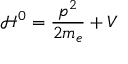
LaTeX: { \mathcal { H } } ^ { 0 } = { \frac { p ^ { 2 } } { 2 m _ { e } } } + V